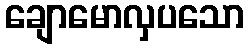
ချောမောလှပသော